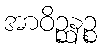
အာဝိဉ္ဆနဉ္စ